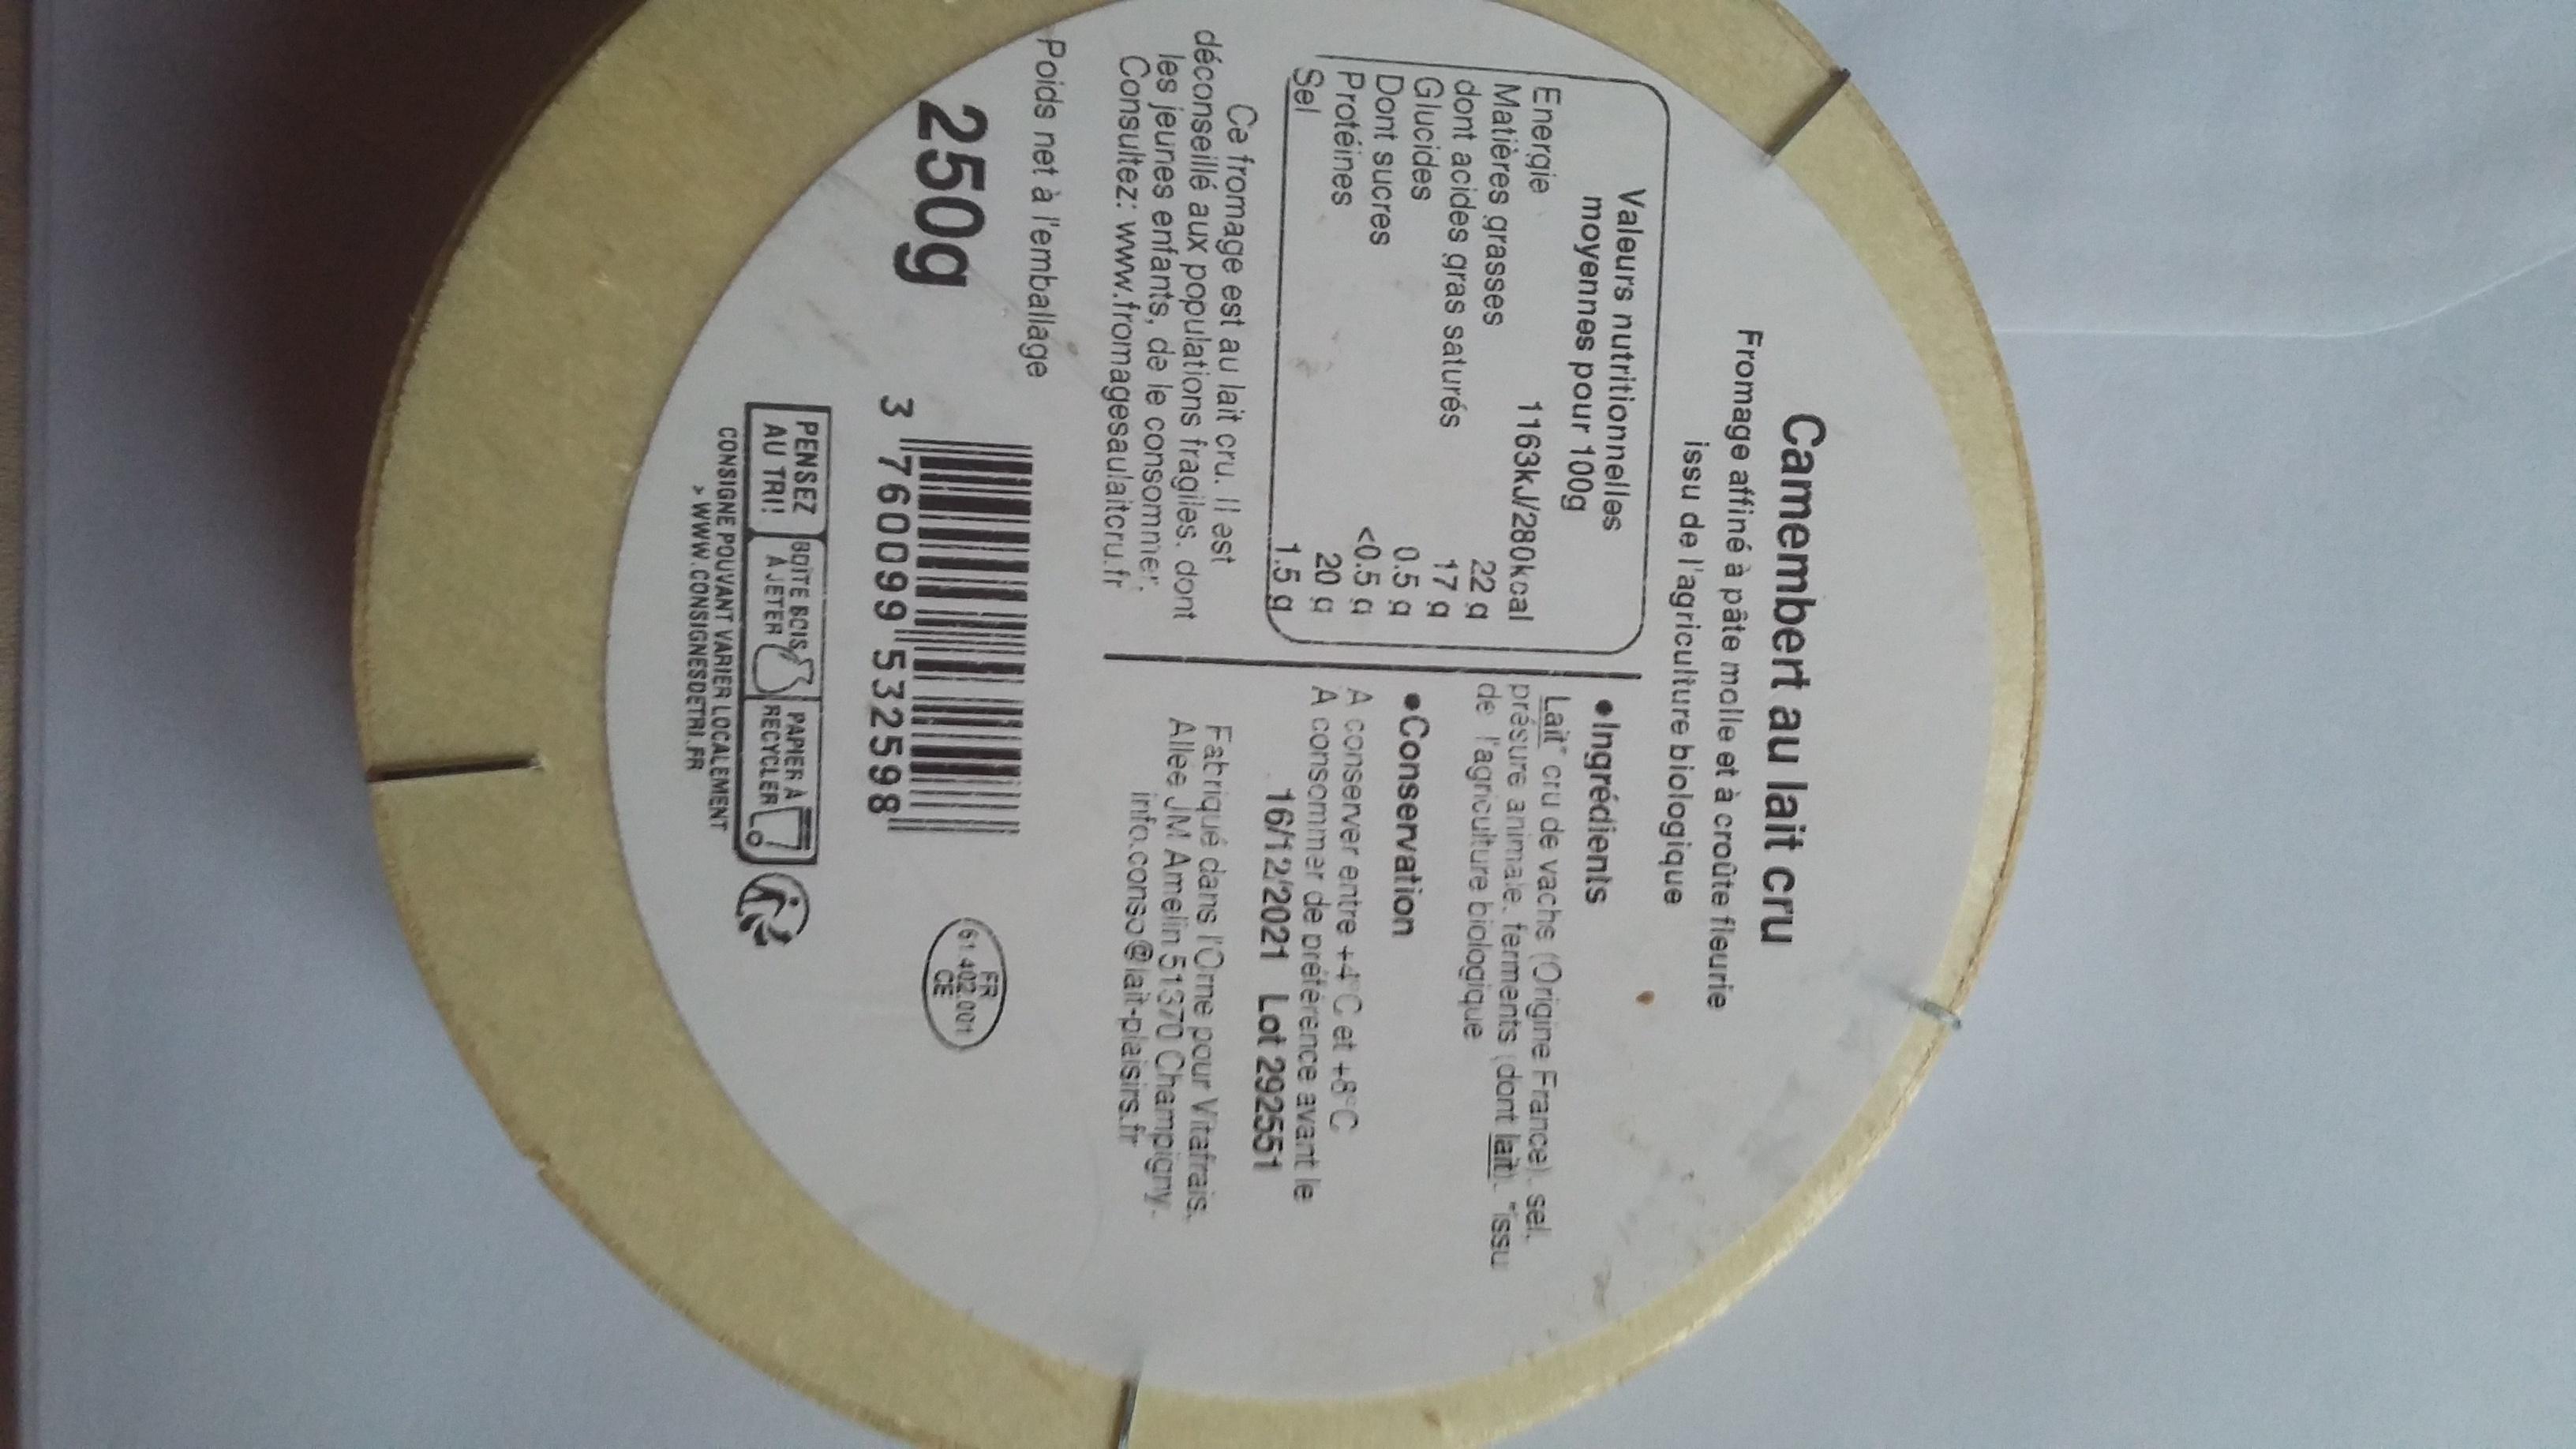
Camembert au lait cru
Fromage affiné à pâte malle et à croûte fleurie issu de l'agriculture biologique
Valeurs nutritionnelles
Ingrédients Lait" cru de vachs (Origine France). sel. présure animale, ferments (dont lait). "issu de l'agricuiture biologique
moyennes pour 100g
Energie Matières grasses dont acides gras saturés Glucides Dont sucres Protéines Sel
1163KJ/280kcal 22 g 17 g 0.5 g <0.5 a 20 g 1.5 g
•Conservation
A conserver entre +4 C et +8 C A consommer de préférence avant le 16/12/2021 Lot 292551
Ce fromage est au lait cru. Il est déconseillé aux populations fragiles. dont les jeunes enfants, de le consommer, Consultez: www.fromagesaulaitcru.fr
Fatriqué dans l'Orne pour Vitafrais. Allee JM Amelin 51370 Champigny. info.conso@lait-plaisirs.fr
Poids net à l'emballage
FR 61 402.001 CE
250g
3 760099 532598
PENSEZ BQITE BOIS
PAPIER A RECYCLER
AU TRI!
A JETER
CONSIGNE POUVANT VARIER LOCALEMENT > WWW.CONSIGNESDETRI.FR